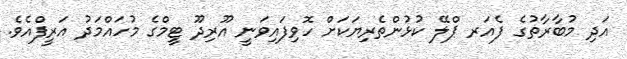
އަދި މުބާރާތުގެ ފެއަރ ޕްލޭ ކުޅުންތެރިޔަކަށް ހޮވިފައިވަނީ އޫރިދޫ ޓީމްގެ މުހައްމަދު އަރީފްއެވެ.